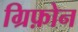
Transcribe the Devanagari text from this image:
ग्रिफ़ोन